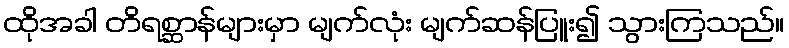
ထိုအခါ တိရစ္ဆာန်များမှာ မျက်လုံး မျက်ဆန်ပြူး၍ သွားကြသည်။